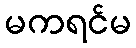
မကရင်မ